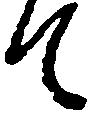
て